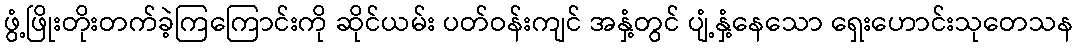
ဖွံ့ဖြိုးတိုးတက်ခဲ့ကြကြောင်းကို ဆိုင်ယမ်း ပတ်ဝန်းကျင် အနှံ့တွင် ပျံ့နှံ့နေသော ရှေးဟောင်းသုတေသန